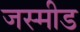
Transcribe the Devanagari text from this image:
जस्मीड